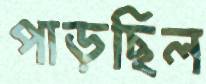
পাড়ছিল